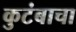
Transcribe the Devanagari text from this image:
कुटंबाचा